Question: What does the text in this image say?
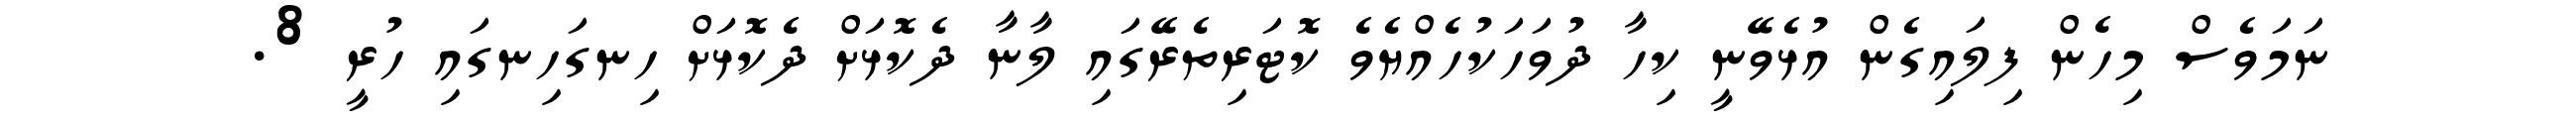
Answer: ނަމަވެސް މިހެން ފިލައިގެން އުޅެވޭނީ ކިހާ ދުވަހަކުހެއްޔެވެ ކޮޓަރިތެރޭގައި ލާނާ ދެކޮޅަށް ދެކޮޅަށް ހިނގަހިނގައި ހުރީ 8.